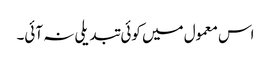
اس معمول میں کوئی تبدیلی نہ آئی۔